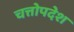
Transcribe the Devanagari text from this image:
चत्तोपदेश